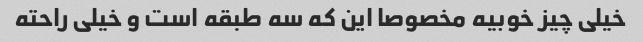
خیلی چیز خوبیه مخصوصا این که سه طبقه است و خیلی راحته